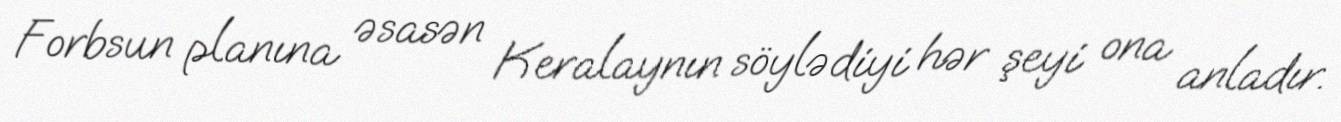
Forbsun planına əsasən Keralaynın söylədiyi hər şeyi ona anladır.